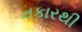
નકારથી